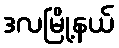
ဒလမြို့နယ်